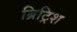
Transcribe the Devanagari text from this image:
ब्रिट्रिश